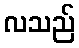
လသည်